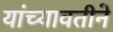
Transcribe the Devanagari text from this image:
यांच्यावतीने